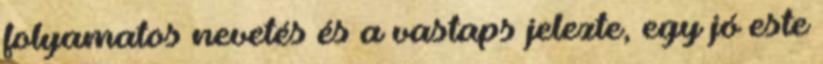
folyamatos nevetés és a vastaps jelezte, egy jó este